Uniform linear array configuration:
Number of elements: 16
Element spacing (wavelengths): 1
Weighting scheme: uniform
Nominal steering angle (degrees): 15
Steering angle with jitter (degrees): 14.95
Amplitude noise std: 0.05
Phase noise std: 0.05

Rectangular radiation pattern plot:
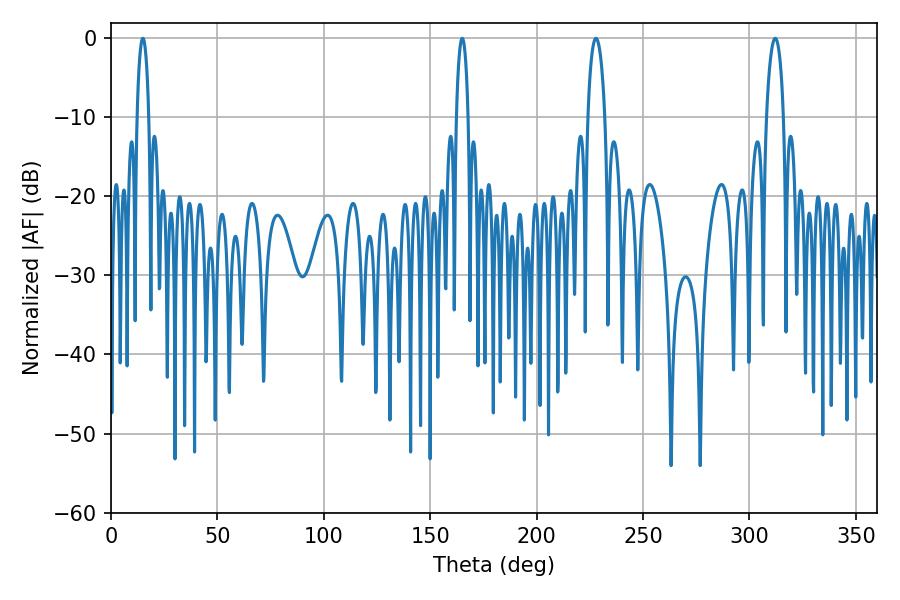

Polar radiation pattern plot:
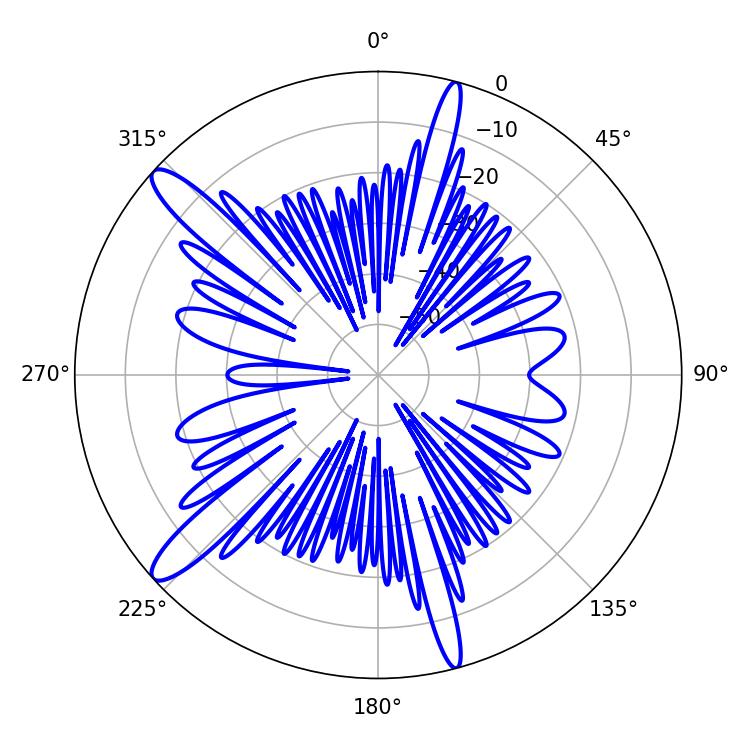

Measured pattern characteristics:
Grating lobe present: TRUE
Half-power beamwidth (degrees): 4.5
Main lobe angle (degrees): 227.88